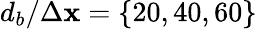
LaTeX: d_{b}/\Delta\mathbf{x}=\{ 20,40,60\}